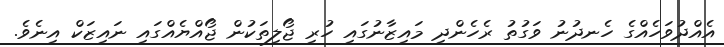
އެއްދުވަހެއްގެ ހެނދުނު ވަގުތު ރެހެންދި މައިޒާނުގައި ހުރި ޖޯލިތަކުން ޖޯއްޔެއްގައި ނައިޒަކް އިނެވެ.